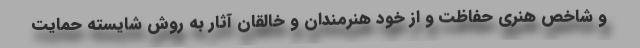
و شاخص هنری حفاظت و از خود هنرمندان و خالقان آثار به روش شایسته حمایت